Annual report on the working of the mental hospitals in the Madras Presidency - 1912-1932
Year: 1912
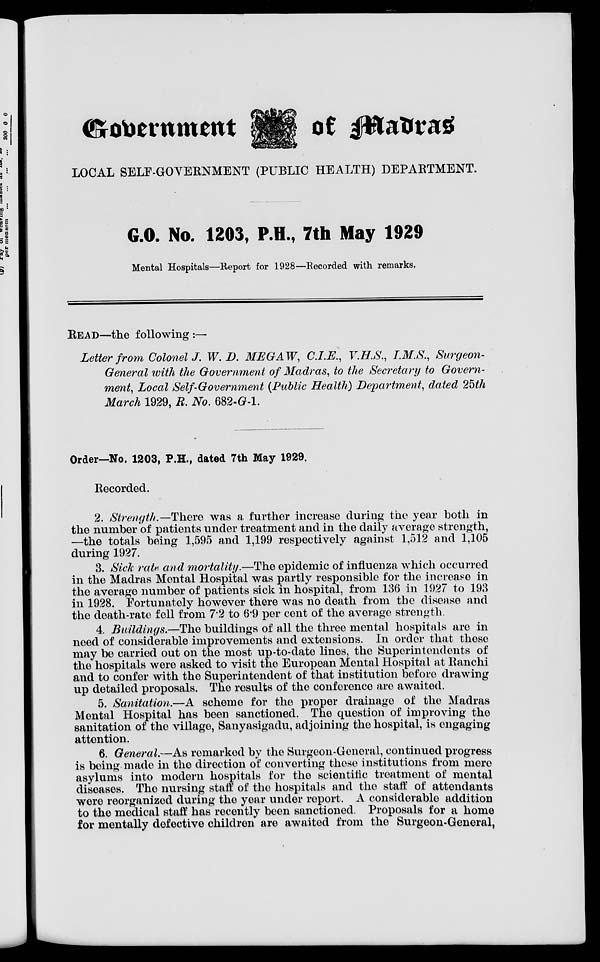
Government
of Madras
LOCAL SELF-GOVERNMENT (PUBLIC HEALTH) DEPARTMENT.
G.O. No. 1203, P.H., 7th May 1929
Mental Hospitals—Report for 1928—Recorded with remarks.
READ—the following:—
Letter from Colonel J. W. D. MEGAW, C.I.E., V.H.S., I.M.S., Surgeon-
General with the Government of Madras, to the Secretary to Govern-
ment, Local Self-Government (Public Health) Department, dated 25th
March 1929, R. No. 682-G-l.
Order—No. 1203, P.H., dated 7th May 1929.
Recorded.
2. Strength.—There was a further increase during the year both in
the number of patients under treatment and in the daily average strength,
—the totals being 1,595 and 1,199 respectively against 1,512 and 1,105
during 1927.
3. Sick rate and mortality.—The epidemic of influenza which occurred
in the Madras Mental Hospital was partly responsible for the increase in
the average number of patients sick in hospital, from 136 in 1927 to 193
in 1928. Fortunately however there was no death from the disease and
the death-rate fell from 7.2 to 6.9 per cent of the average strength.
4. Buildings.—The buildings of all the three mental hospitals are in
need of considerable improvements and extensions. In order that these
may be carried out on the most up-to-date lines, the Superintendents of
the hospitals were asked to visit the European Mental Hospital at Ranchi
and to confer with the Superintendent of that institution before drawing
up detailed proposals. The results of the conference are awaited.
5. Sanitation.—A scheme for the proper drainage of the Madras
Mental Hospital has been sanctioned. The question of improving the
sanitation of the village, Sanyasigadu, adjoining the hospital, is engaging
attention.
6. General.—As remarked by the Surgeon-General, continued progress
is being made in the direction of converting these institutions from mere
asylums into modern hospitals for the scientific treatment of mental
diseases. The nursing staff of the hospitals and the staff of attendants
were reorganized during the year under report. A considerable addition
to the medical staff has recently been sanctioned. Proposals for a home
for mentally defective children are awaited from the Surgeon-General,